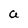
Character: a